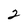
Character: 2